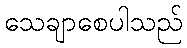
သေချာစေပါသည်